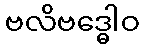
ဗလိဗဒ္ဓေါဝ